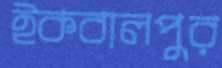
ইকবালপুর